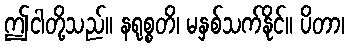
ဤငါတို့သည်။ နရုစ္စတိ၊ မနှစ်သက်နိုင်။ ပိတာ၊